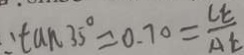
\tan 3 5 ^ { \circ } = 0 . 7 0 = \frac { C E } { A E }